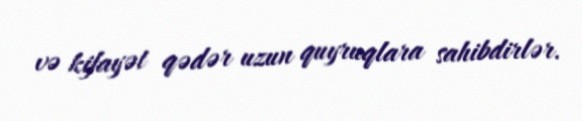
və kifayət qədər uzun quyruqlara sahibdirlər.